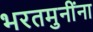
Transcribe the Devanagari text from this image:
भरतमुनींना